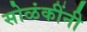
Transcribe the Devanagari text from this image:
सोळंकींनी